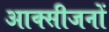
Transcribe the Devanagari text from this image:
आक्सीजनों